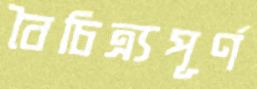
বৈচিত্র্যপূর্ণ